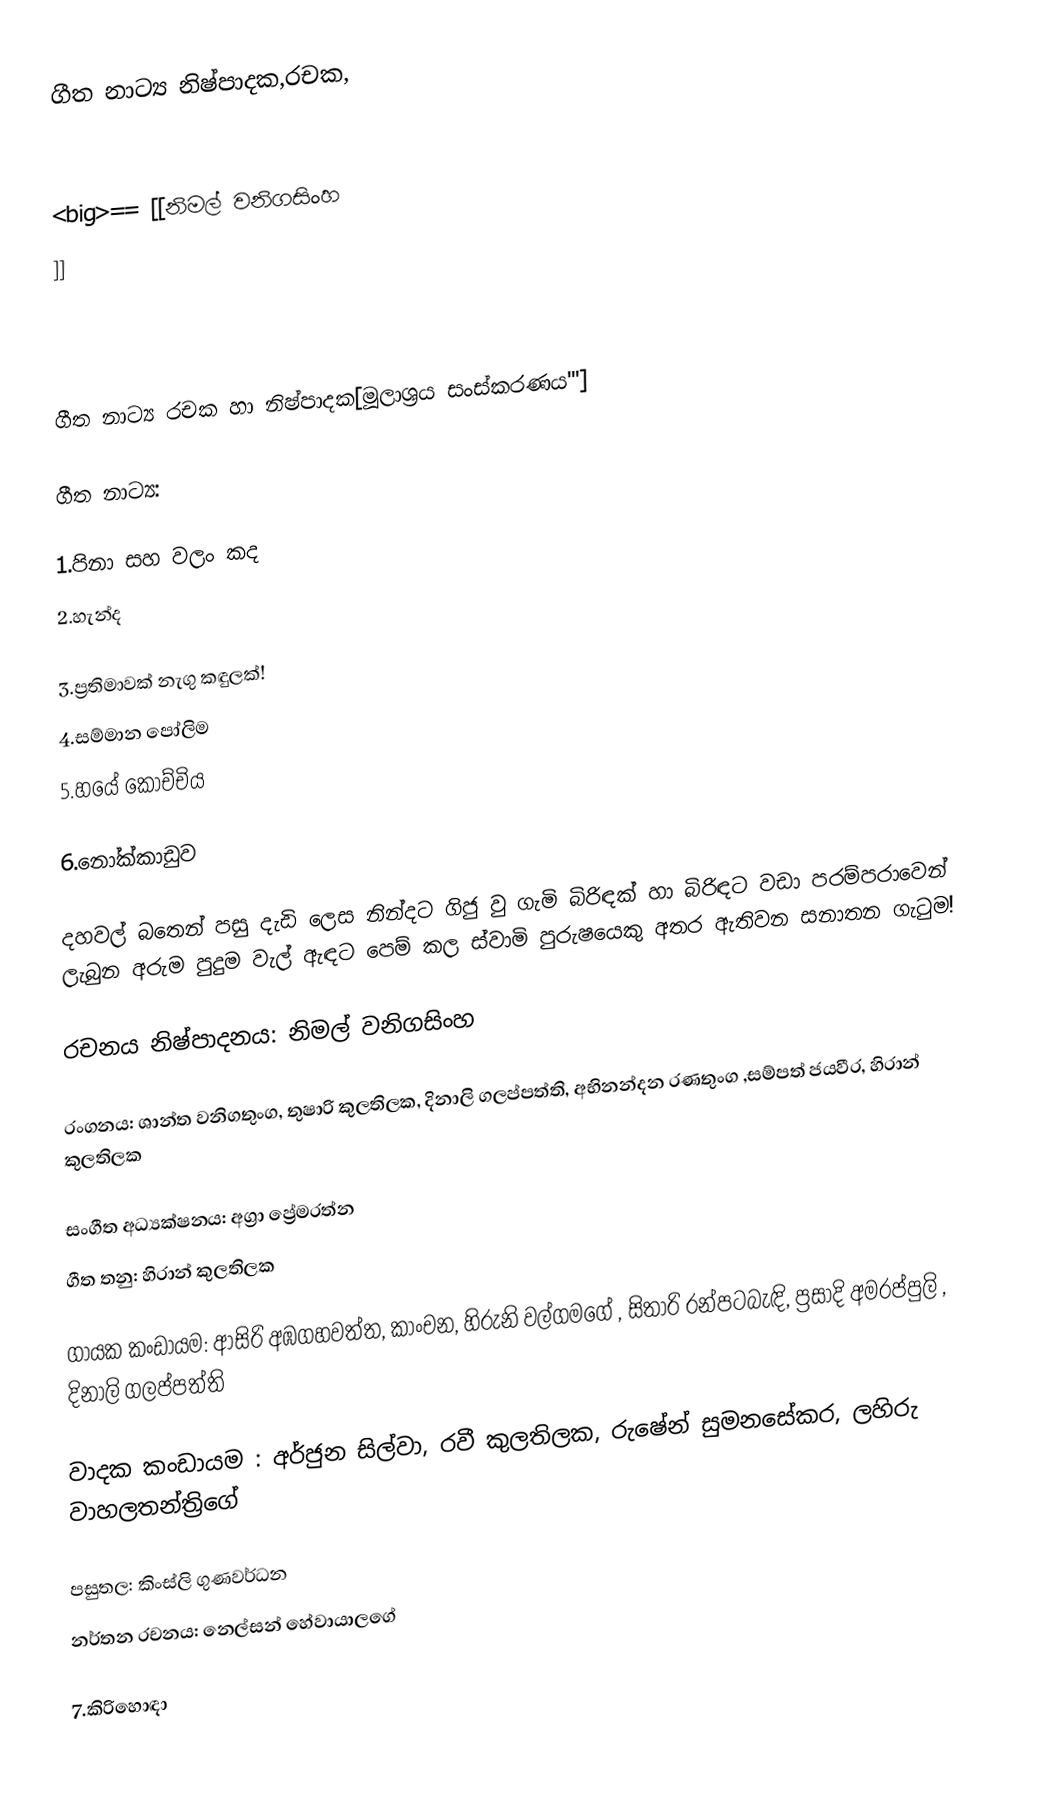
ගීත නාට්‍ය නිෂ්පාදක,රචක,

<big>== [[නිමල් වනිගසිංහ
]]

 ගීත නාට්‍ය රචක හා නිෂ්පාදක[මූලාශ්‍රය සංස්කරණය''']

ගීත නාට්‍ය:

 1.පිනා සහ වලං කද
2.හැන්ද

3.ප්‍රතිමාවක් නැගු කඳුලක්!
4.සම්මාන පෝලිම
5.හයේ කෝච්චිය

6.නෝක්කාඩුව

දහවල් බතෙන් පසු දැඩි ලෙස නින්දට ගිජු වු ගැමි බිරිඳක් හා බිරිඳට වඩා පරම්පරාවෙන් ලැබුන අරුම පුදුම වැල් ඇඳට පෙම් කල  ස්වාමි පුරුෂයෙකු අතර  ඇතිවන සනාතන ගැටුම!

රචනය  නිෂ්පාදනය: නිමල් වනිගසිංහ

රංගනය: ශාන්ත වනිගතුංග, තුෂාරි කුලතිලක, දිනාලි ගලප්පත්ති, අභිනන්දන රණතුංග   ,සම්පත් ජයවීර, හිරාන් කුලතිලක

සංගීත අධ්‍යක්ෂනය: අග්‍රා ප්‍රේමරත්න
ගීත තනු: හිරාන් කුලතිලක

ගායක කංඩායම: ආසිරි අඹගහවත්ත, කාංචන, හිරුනි වල්ගමගේ , සිතාරි රන්පටබැඳි, ප්‍රසාදි අමරප්පුලි  , දිනාලි ගලප්පත්ති

වාදක කංඩායම : අර්ජුන සිල්වා, රවී කුලතිලක,  රුෂේන් සුමනසේකර, ලහිරු වාහලතන්ත්‍රිගේ

පසුතල: කිංස්ලි ගුණවර්ධන
නර්තන රචනය: නෙල්සන් හේවායාලගේ

7.කිරිහොඳා